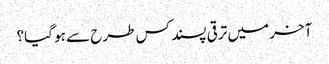
آخر میں ترقی پسند کس طرح سے ہو گیا؟